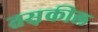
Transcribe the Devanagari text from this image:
तस़कील